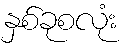
နှစ်ခုစလုံး